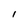
Character: I